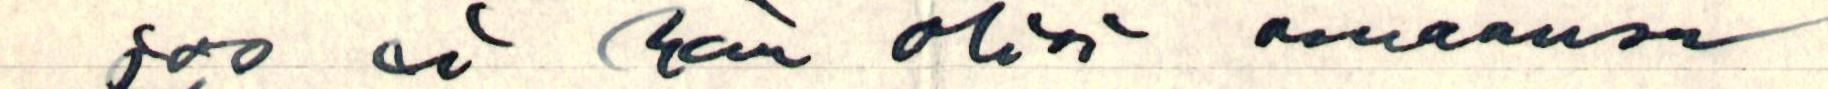
jos ei hän olisi omaansa